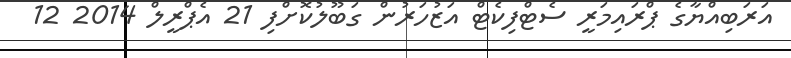
އަރަބިއްޔާގެ ޕްރައިމަރީ ސެޓްފިކެޓް އަޒުހަރުން ގަބޫލުކޮށްފި 21 އެޕްރީލް 2014 12